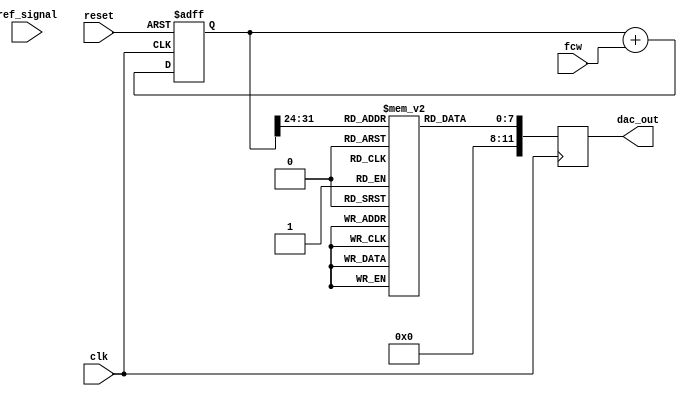
module DDS_PLL (
    input wire clk,                // System clock
    input wire reset,              // Reset signal
    input wire [31:0] fcw,         // Frequency control word
    input wire ref_signal,         // Reference signal for PLL
    output wire [11:0] dac_out     // Output to DAC
);

// Parameters
parameter LUT_SIZE = 256;         // Size of the sine LUT
parameter PHASE_WIDTH = 32;       // Width of phase accumulator
parameter DAC_WIDTH = 12;         // Width of DAC output

// Internal Signals
reg [PHASE_WIDTH-1:0] phase_accumulator; // Phase accumulator
reg [7:0] sine_lut [0:LUT_SIZE-1];       // Sine LUT
reg [11:0] dac_data;                     // Data to DAC
wire [PHASE_WIDTH-1:0] phase_out;        // Phase output for LUT address

// Initialize sine LUT (predefined values)
initial begin
    // Populate sine_lut with sine values scaled to DAC resolution (example values)
    // ... (Add sine values here)
end

// Phase Accumulator Process
always @(posedge clk or posedge reset) begin
    if (reset) begin
        phase_accumulator <= 0;
    end else begin
        phase_accumulator <= phase_accumulator + fcw; // Increment by FCW
    end
end

// Phase Output for LUT Addressing
assign phase_out = phase_accumulator[PHASE_WIDTH-1:PHASE_WIDTH-8]; // Take lower bits for LUT

// DAC Data Retrieval from Sine LUT
always @(posedge clk) begin
    dac_data <= sine_lut[phase_out]; // Read from LUT based on phase
end

// DAC Output
assign dac_out = dac_data; // Output to DAC

// PLL Logic (simplified, real implementation would require more detail)
reg pll_out; // Placeholder for VCO output
reg error_signal; // Placeholder for phase comparator error

// PLL Control Logic (simplified)
always @(posedge clk or posedge reset) begin
    if (reset) begin
        pll_out <= 0;
        error_signal <= 0;
    end else begin
        // PLL phase comparator and control logic to adjust pll_out
        // (Implement PLL logic here)
    end
end

endmodule